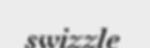
swizzle